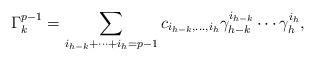
LaTeX: \begin{align*}\Gamma_k^{p-1} = \sum_{i_{h-k}+ \cdots + i_h =p-1} c_{i_{h-k},\ldots,i_{h}} \gamma_{h-k}^{i_{h-k}} \cdots \gamma_{h}^{i_h},\end{align*}